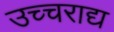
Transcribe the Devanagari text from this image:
उच्चराद्य